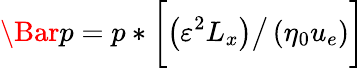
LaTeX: \Bar{p}=p*\biggl[\left(\varepsilon^{2}L_{x}\right)\big/\left(\eta_{0}u_{e}\right)\biggr]